Sketch of the medical history of the native army of Bombay, for the year
Year: 1875
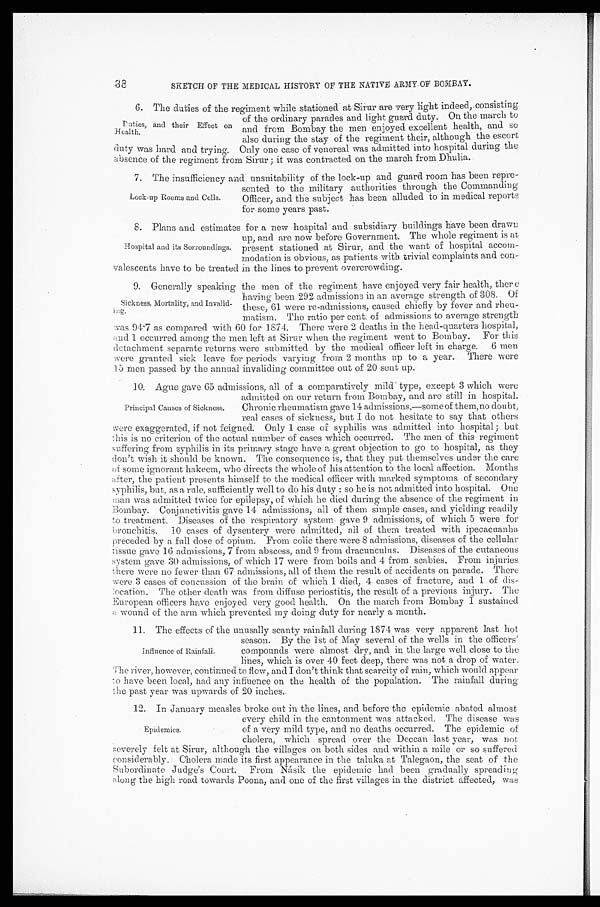
38
SKETCH OF THE MEDICAL HISTORY OF THE NATIVE ARMY OF BOMBAY.
6 . T h e d u t i e s o f t h e r e g i m e n t w h i l e s t a t i o n e d a t S i r u r a r e v e r y l i g h t i n d e e d , c o n s i s t i n g
of the ordinary parades and light guard duty. On the march to
and from Bombay the men enjoyed excellent health, and so
also during the stay of the regiment their, although the escort
duty was hard and trying. Only one case of venereal was admitted into hospital during the
absence of the regiment from Sirur; it was contracted on the march from Dhulia.
7. The insufficiency and unsuitability of the lock-up and guard room has been repre
-
sented to the military authorities through the Commanding
Officer, and the subject has been alluded to in medical reports
for some years past.
8. Plans and estimates for a new hospital and subsidiary buildings have been drawn
up, and are now before Government. The whole regiment is at
present stationed at Sirur, and the want of hospital accom-
modation is obvious, as patients with trivial complaints and con
-
valescents have to be treated in the lines to prevent overcrowding.
9 . G e n e r a l l y s p e a k i n g t h e m e n o f t h e r e g i m e n t h a v e e n j o y e d v e r y f a i r h e a l t h , t h e r e
having been 292 admissions in an average strength of 308. Of
these, 61 were re-admissions, caused chiefly by fever and rheu
-
matism. The ratio per cent. of admissions to average strength
was 94.7 as compared with 60 for 1874. There were 2 deaths in the head-quarters hospital,
a n d 1 o c c u r r e d a m o n g t h e m e n l e f t a t S i r u r w h e n t h e r e g i m e n t w e n t t o B o m b a y . F o r t h i s
detachment separate returns were submitted by the medical officer left in charge. 6 men
were granted sick leave for periods varying from 2 months up to a year. There were
1 5 m e n p a s s e d b y t h e a n n u a l i n v a l i d i n g c o m m i t t e e o u t o f 2 0 s e n t u p .
10. Ague gave 65 admissions, all of a comparatively mild type, except 3 which were
admitted on our return from Bombay, and are still in hospital.
Chronic rheumatism gave 14 admissions,—some of them,no doubt,
real cases of sickness, but I do not hesitate to say that others
were exaggerated, if not feigned. Only 1 case of syphilis was admitted into
h o s p i t a l ;
his is no criterion of the actual number of cases which occurred. The men of this regiment
suffering from syphilis in its primary stage have a great objection to go to hospital, as they
don't wish it should be known. The consequence is, that they put themselves under the care
of some ignorant hakeem, who directs the whole of his attention to the local affection. Months
after, the patient presents himself to the medical officer with marked symptoms of secondary
syphi l i s, but , as a rul e, suffi ci ent l y wel l t o do hi s dut y : so he i s not admi t t ed i nt o hospi t al . One
man was admitted twice for epilepsy, of which he died during the absence of the regiment in
Bombay. Conjunctivitis gave 14 admissions, all of them simple cases, and yielding readily
to treatment. Diseases of the respiratory system gave 9 admissions, of which 5 were for
bronchitis. 10 cases of dysentery were admitted, all of them treated with ipecacuanha
preceded by a full dose of opium. From colic there were 8 admissions, diseases of the cellular
tissue gave 16 admissions, 7 from abscess, and 9 from dracunculus. Diseases of the cutaneous
system gave 30 admissions, of which 17 were from boils and 4 from scabies. From injuries
there were no fewer than 67 admissions, all of them the result of accidents on parade. There
were 3 cases of concussion of the brain of which 1 died, 4 cases of fracture, and 1 of dis
-
location. The other death was from diffuse periostitis, the result of a previous injury. The
European officers have enjoyed very good health. On the march from Bombay I sustained
a wound of the arm which prevented my doing duty for nearly a month.
11. The effects of the unusally scanty rainfall during 1874 was very apparent last hot
season. By the 1st of May several of the wells in the officers'
compounds were almost dry, and in the large well close to the
lines, which is over 40 feet deep, there was not a drop of water.
The river, however, continued to flow, and I don't think that scarcity of rain, which would appear
to have been local, had any influence on the health of the population. The rainfall during
the past year was upwards of 20 inches.
12. In January measles broke out in the lines, and before the epidemic abated almost
every child in the cantonment was attacked. The disease was
of a very mild type, and no deaths occurred. The epidemic of
cholera, which spread over the Deccan last year, was not
severely felt at Sirur, although the villages on both sides and within a mile or so suffered
considerably. Cholera made its first appearance in the taluka at Talegaon, the seat of the
Subordinate Judge's Court. From Násik the epidemic had been gradually spreading
along the high road towards Poona, and one of the first villages in the district affected, was
Duties, and their Effect on
Health.
Lock-up Rooms and Cells.
Hospital and its Sorroundings.
Sickness. Mortality, and Invalid
.
Principal Causes of Sickness.
Influence of Rainfall.
Epidemics.